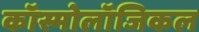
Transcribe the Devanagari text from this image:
कॉस्मोलॉजिकल